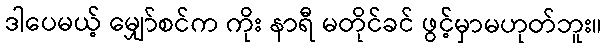
ဒါပေမယ့် မျှော်စင်က ကိုး နာရီ မတိုင်ခင် ဖွင့်မှာမဟုတ်ဘူး။